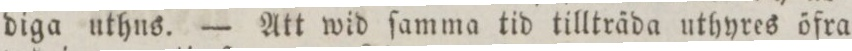
diga uthus. — Att wid ſamma tid tillträda uthyres öfra